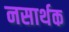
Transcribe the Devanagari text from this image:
नसार्थक